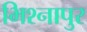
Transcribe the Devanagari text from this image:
भिश्नापुर